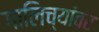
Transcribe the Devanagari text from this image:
गालिच्यांवर